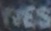
res